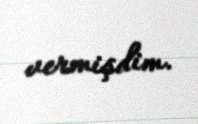
vermişdim.